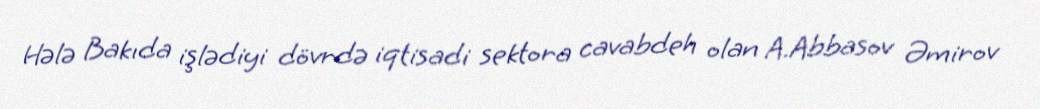
Hələ Bakıda işlədiyi dövrdə iqtisadi sektora cavabdeh olan A.Abbasov Əmirov